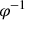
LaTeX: \varphi ^ { - 1 }